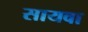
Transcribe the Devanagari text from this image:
सायवा